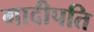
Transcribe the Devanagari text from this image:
गादीपति